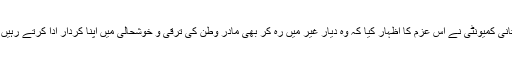
پاکستانی کمیونٹی نے اس عزم کا اظہار کیا کہ وہ دیار غیر میں رہ کر بھی مادر وطن کی ترقی و خوشحالی میں اپنا کردار ادا کرتے رہیں گے۔